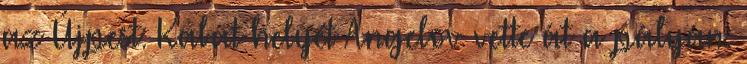
az Újpest: Kabát helyét Angelov vette át a pályán.